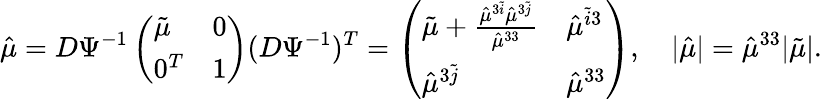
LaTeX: \hat{\mu}=D\Psi^{-1}\left(\begin{array}{ll}{\tilde{\mu}}&{0}\\ {0^{T}}&{1}\end{array}\right)(D\Psi^{-1})^{T}=\left(\begin{array}{ll}{\tilde{\mu}+\frac{\hat{\mu}^{3\tilde{i}}\hat{\mu}^{3\tilde{j}}}{\hat{\mu}^{33}}}&{\hat{\mu}^{\tilde{i}3}}\\ {\hat{\mu}^{3\tilde{j}}}&{\hat{\mu}^{33}}\end{array}\right),\quad\lvert\hat{\mu}\rvert=\hat{\mu}^{33}\lvert\tilde{\mu}\rvert.